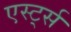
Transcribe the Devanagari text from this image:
एर्स्ट्स